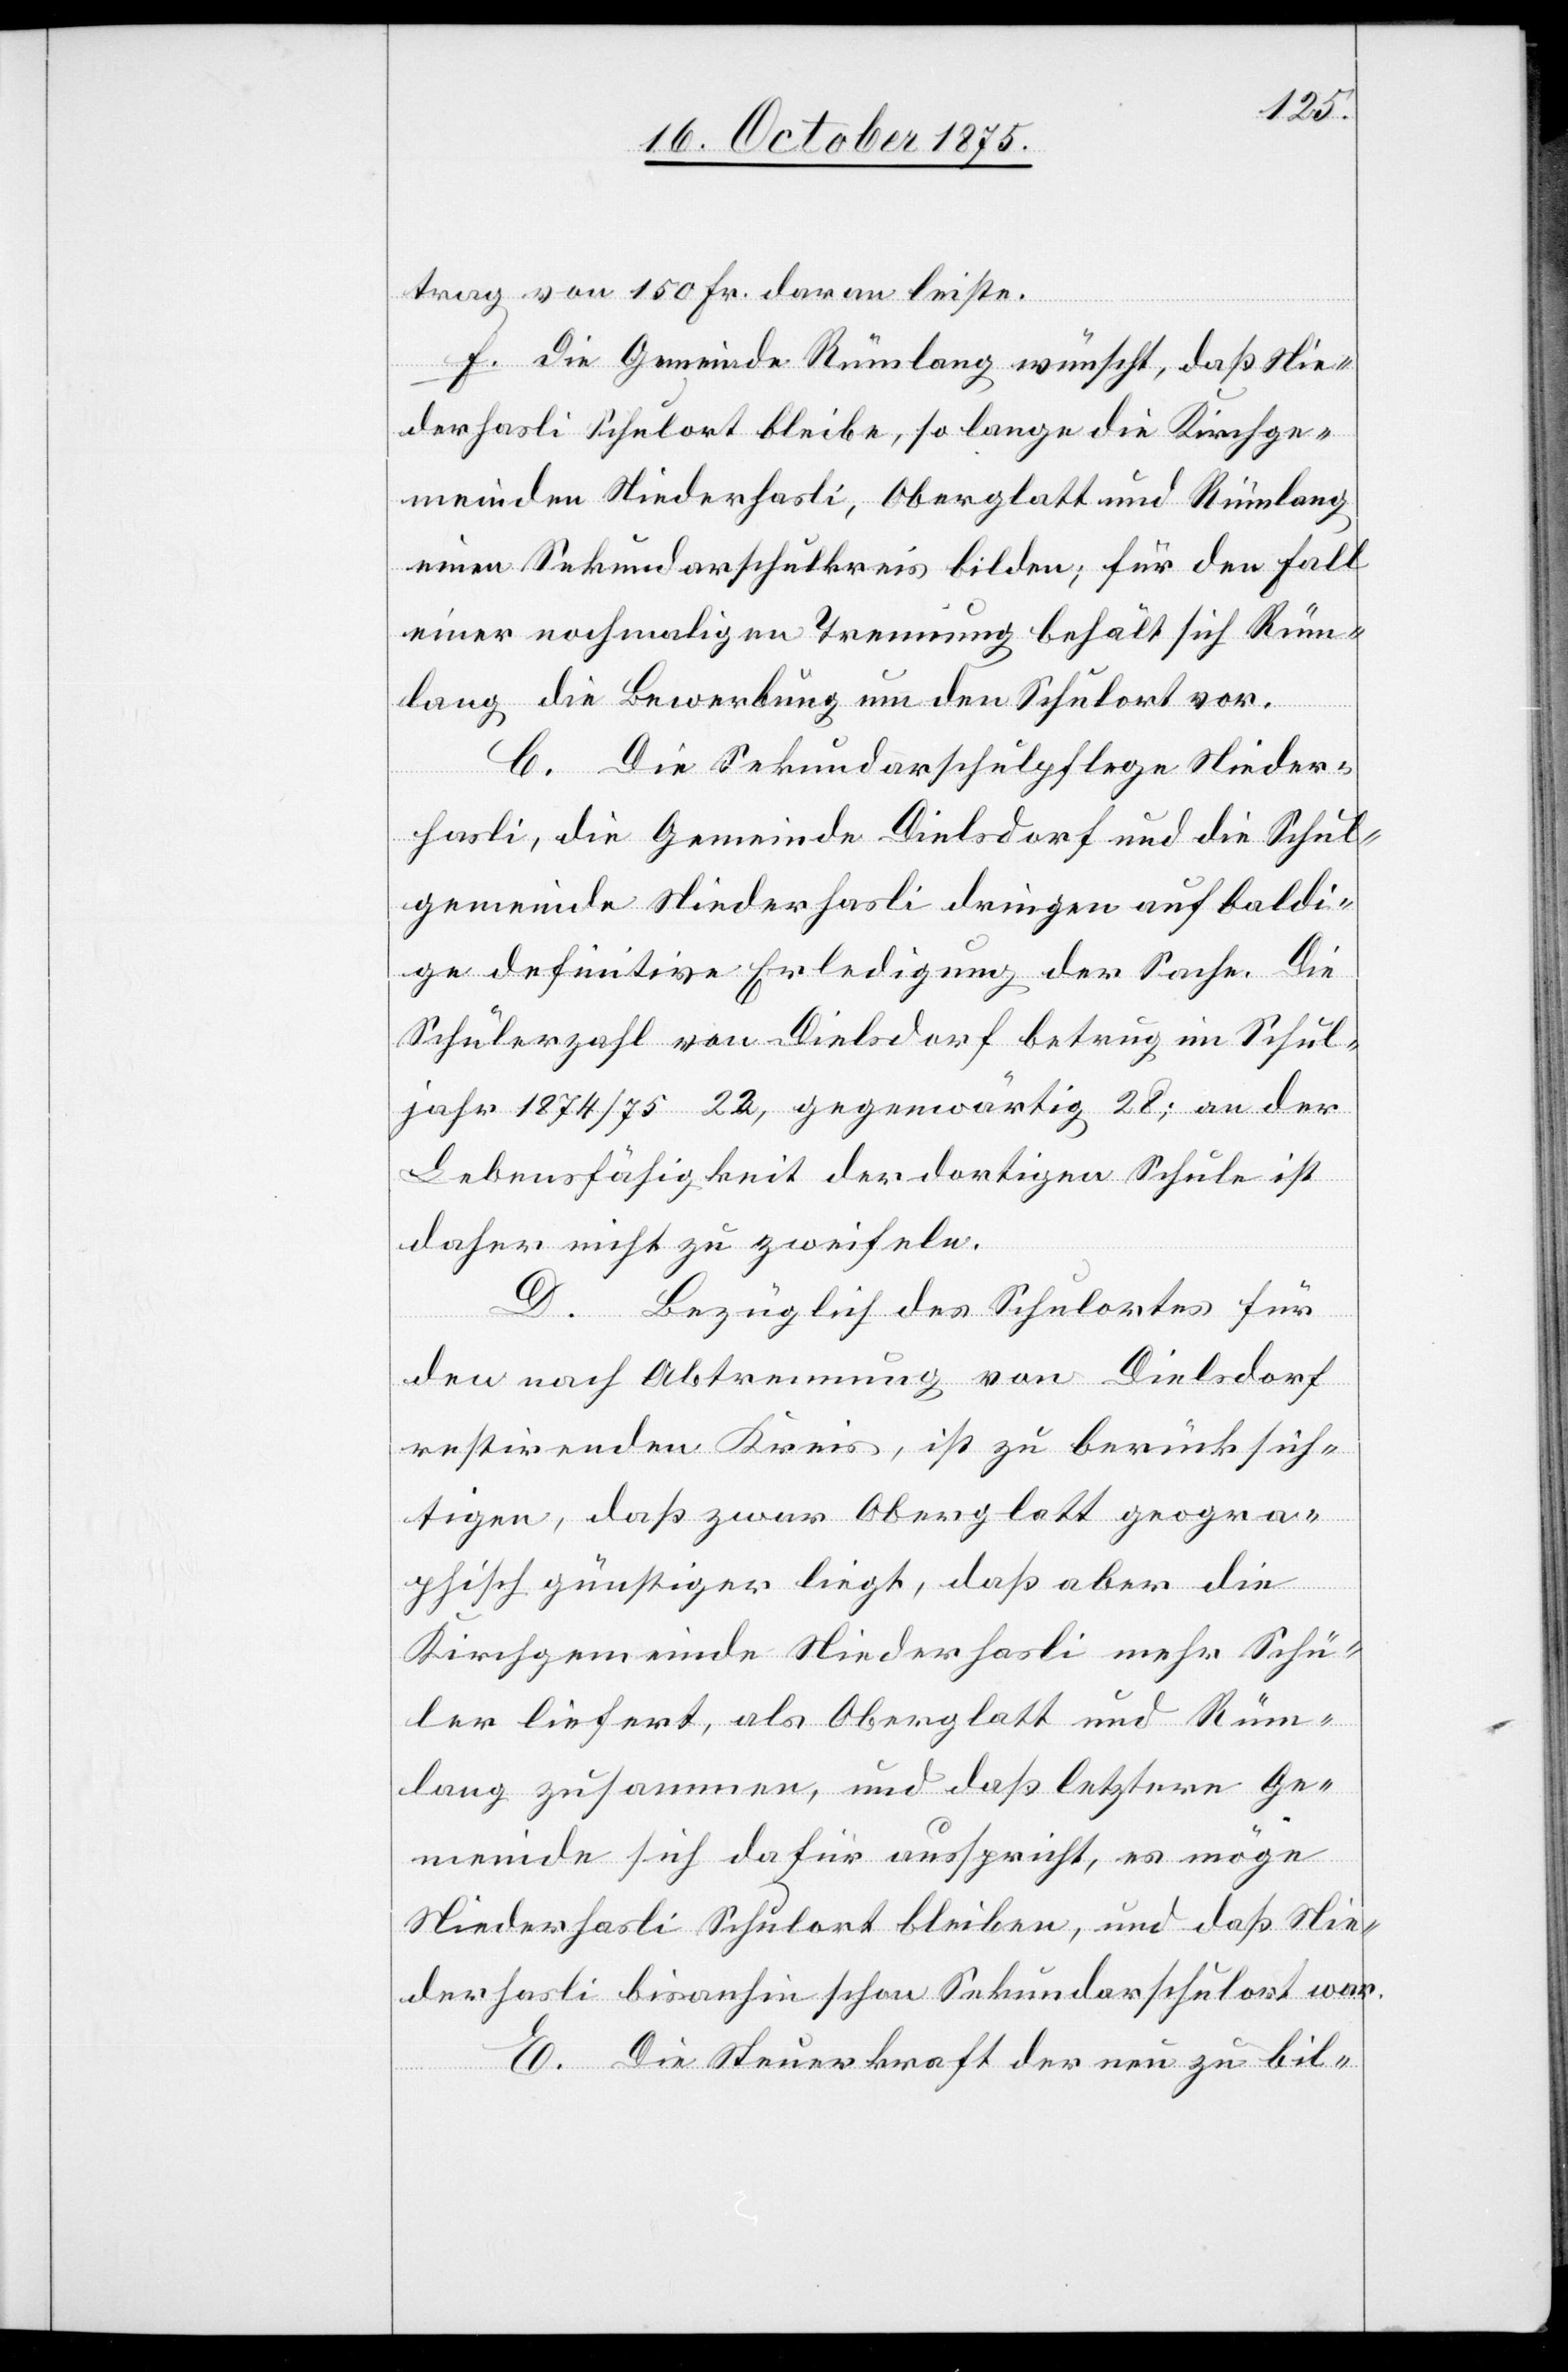
trag von 150. Fr. daran leiste.
f. Die Gemeinde Rümlang wünscht, daß Nie¬
derhasli Schulort bleibe, so lange die Kirchge¬
meinden Niederhasli, Oberglatt und Rümlang
einen Sekundarschulkreis bilden; für den Fall
einer nochmaligen Trennung behält sich Rüm¬
lang die Bewerbung um den Schulort vor.
C. Die Sekundarschulpflege Nieder¬
hasli, die Gemeinde Dielsdorf und die Schul¬
gemeinde Niederhasli dringen auf baldi¬
ge definitive Erledigung der Sache. Die
Schülerzahl von Dielsdorf betrug im Schul¬
jahr 1874/75 22, gegenwärtig 28; an der
Lebensfähigkeit der dortigen Schule ist
daher nicht zu zweifeln.
D. Bezüglich des Schulortes für
den nach Abtrennung von Dielsdorf
restirenden Kreis, ist zu berücksich¬
tigen, daß zwar Oberglatt geogra¬
phisch günstiger liegt, daß aber die
Kirchgemeinde Niederhasli mehr Schü¬
ler liefert, als Oberglatt und Rüm¬
lang zusammen, und daß letztere Ge¬
meinde sich dafür ausspricht, es möge
Niederhasli Schulort bleiben, und daß Nie¬
derhasli bisanhin schon Sekundaschulort war.
E. Die Steuerkraft der neu zu bil-